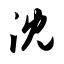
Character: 沈